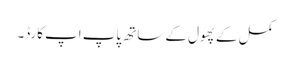
کمل کے پھول کے ساتھ پاپ اپ کارڈ۔